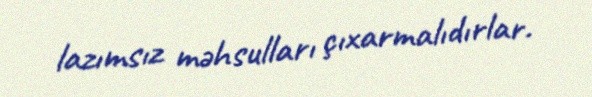
lazımsız məhsulları çıxarmalıdırlar.